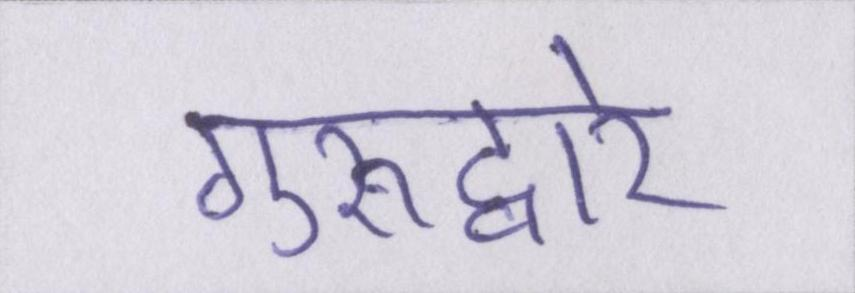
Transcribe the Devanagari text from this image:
गुरूद्वारे